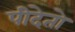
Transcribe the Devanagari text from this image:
पीदेतो